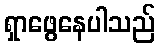
ရှာဖွေနေပါသည်